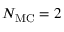
N _ { \mathrm { M C } } = 2